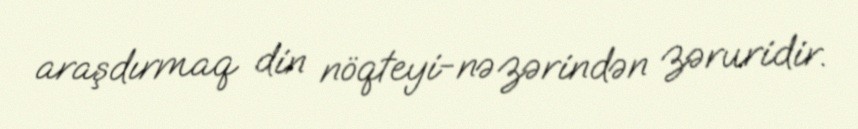
araşdırmaq din nöqteyi-nəzərindən zəruridir.